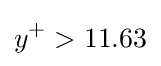
y^{+}>11.63